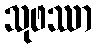
သုဖဿာ